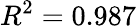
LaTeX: R^{2}=0.987